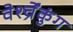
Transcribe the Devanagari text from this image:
वेर्श्च्रेंकुंग